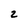
Character: 2